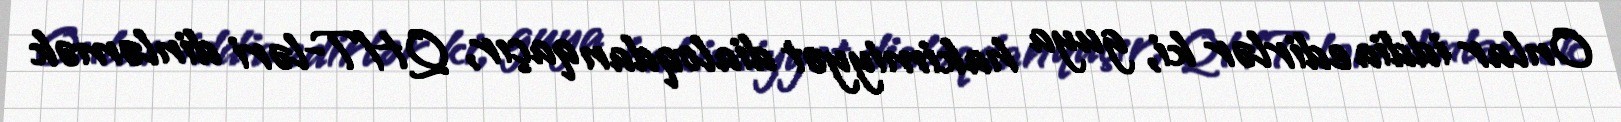
Onlar iddia edirlər ki, guya hakimiyyət dialoqdan qaçır, QHT-ləri dinləmək